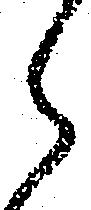
ら